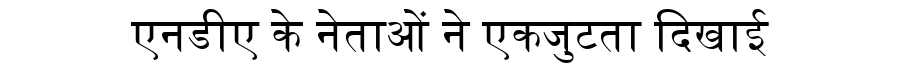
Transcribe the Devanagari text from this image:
एनडीए के नेताओं ने एकजुटता दिखाई